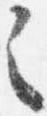
之